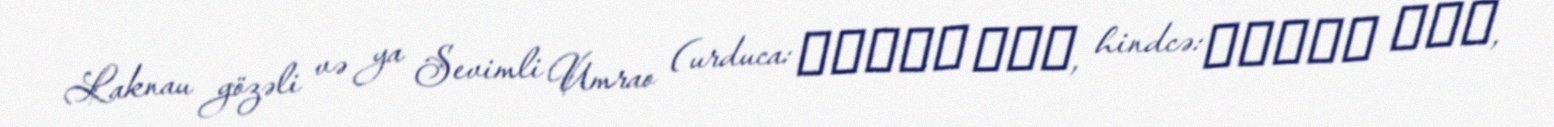
Laknau gözəli və ya Sevimli Umrao (urduca: امراؤ جان, hindcə: उमराव जान,